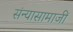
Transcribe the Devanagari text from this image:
संन्यासामाजीं